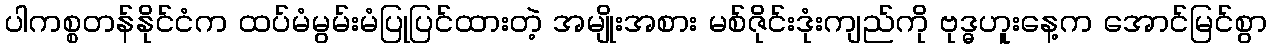
ပါကစ္စတန်နိုင်ငံက ထပ်မံမွမ်းမံပြုပြင်ထားတဲ့ အမျိုးအစား မစ်ဇိုင်းဒုံးကျည်ကို ဗုဒ္ဓဟူးနေ့က အောင်မြင်စွာ